On a parasite found in persons suffering from enlargement of the spleen in India, second report - Number 11
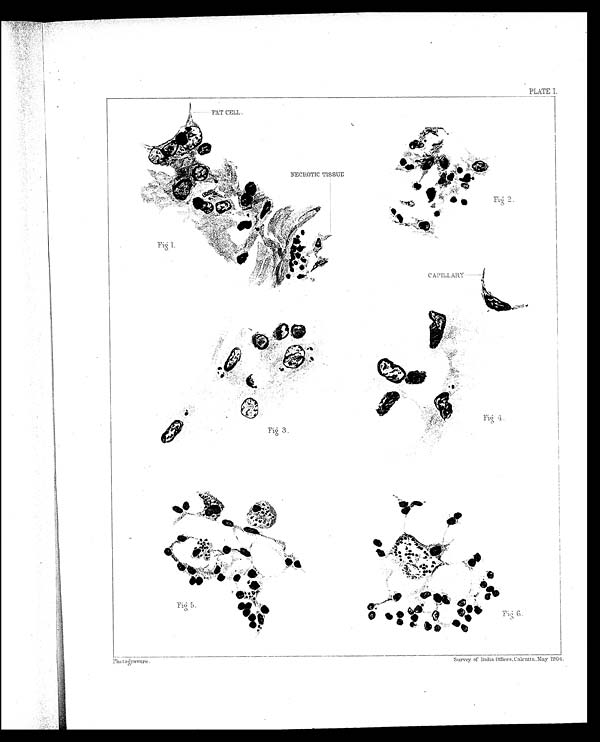
PLATE I.
Photogravure.
Survey of India 0ffices, Calcutta, May 1904.